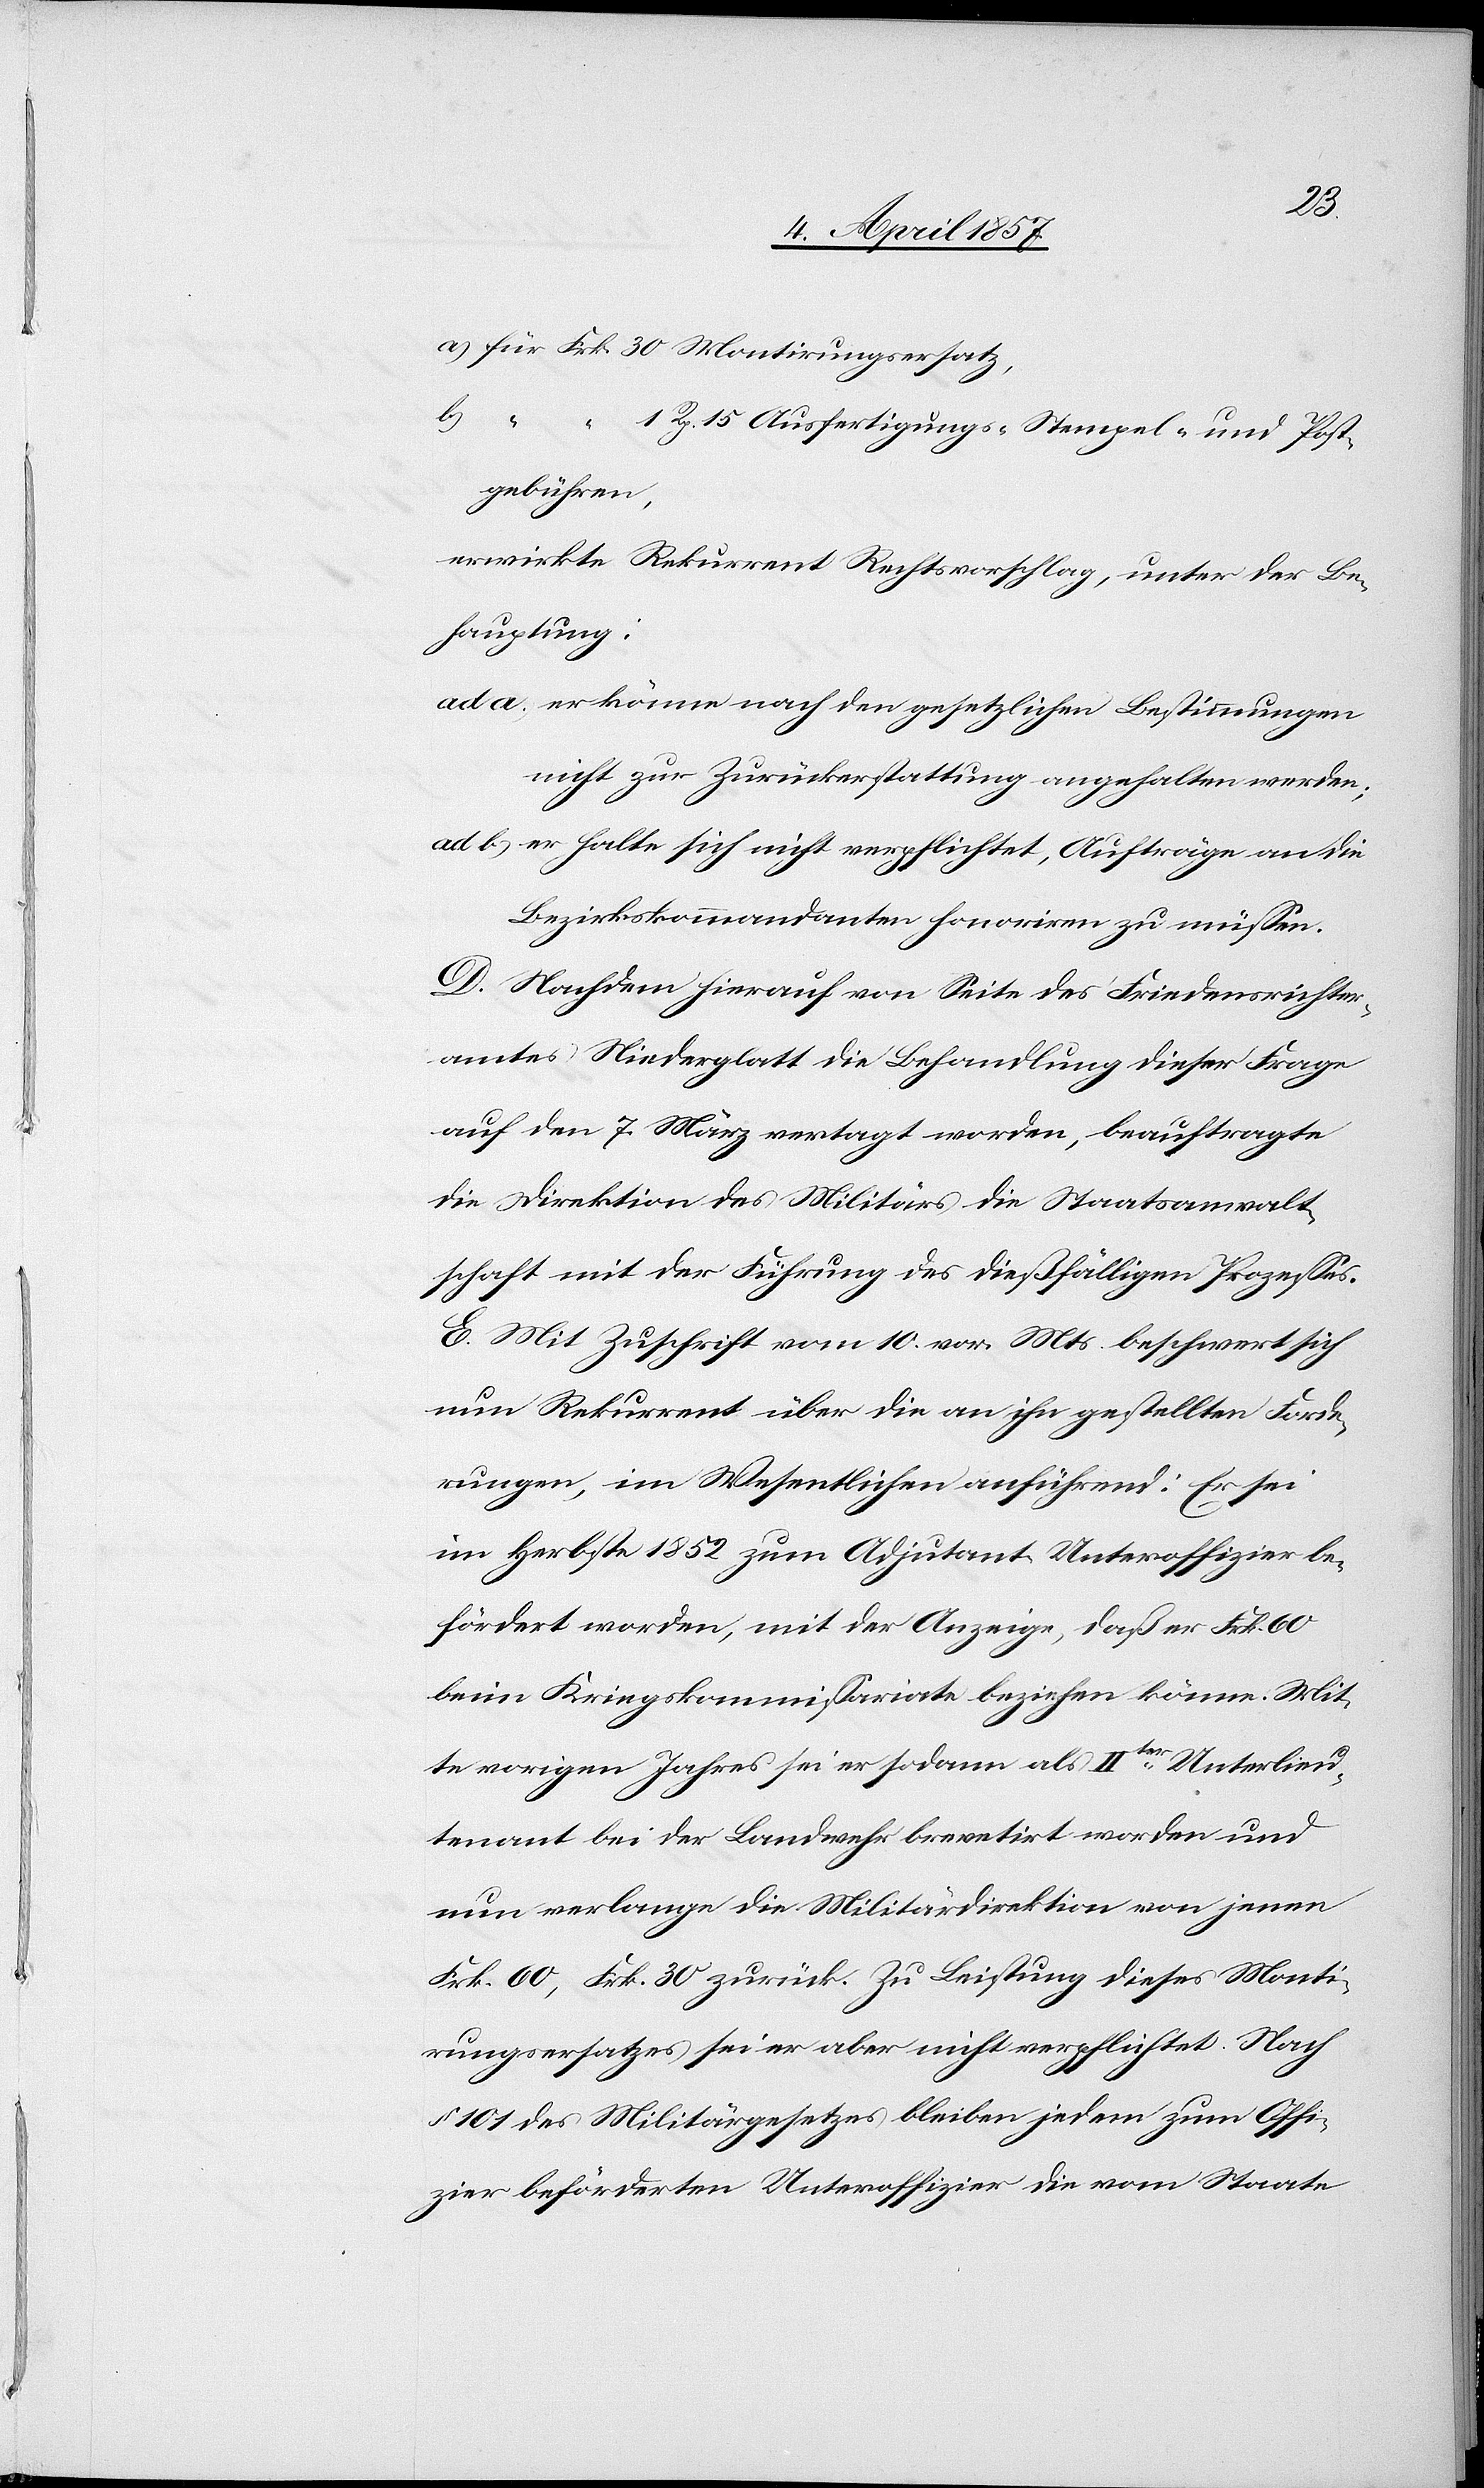
a) für Frk. 30 Montirungsersatz,
b)
Rp. 15 Ausfertigungs-[,] Stempel- und Post¬
gebühren,
erwirkte Rekurrent Rechtsvorschlag, unter der Be¬
hauptung:
ad a. er könne nach den gesetzlichen Bestimmungen
nicht zur Zurückerstattung angehalten werden;
ad b. er halte sich nicht verpflichtet, Aufträge an die
Bezirkskommandanten honoriren zu müssen.
D. Nachdem hierauf von Seite des Friedensrichter¬
amtes Niederglatt die Behandlung dieser Frage
auf den 7. März vertagt worden, beauftragte
die Direktion des Militärs die Staatsanwalt¬
schaft mit der Führung des dießfälligen Prozesses.
E. Mit Zuschrift vom 10. vor. Mts. beschwert sich
nun Rekurrent über die an ihn gestellten Forde¬
rungen, im Wesentlichen anführend: Er sei
im Herbste 1852 zum Adjutant-Unteroffizier be¬
fördert worden, mit der Anzeige, das er Frk. 60
beim Kriegskommissariate beziehen könne. Mit¬
te vorigen Jahres sei er sodann als IIter Unterlieu¬
tenant bei der Landwehr brevetirt worden und
nun verlange die Militärdirektion von jenen
Frk. 60, Frk. 30 zurück. Zu Leistung dieses Monti¬
rungsersatzes sei er aber nicht verpflichtet. Nach
§ 101 des Militärgesetzes bleiben jedem zum Offi¬
zier beförderten Unteroffizier die vom Staate